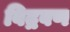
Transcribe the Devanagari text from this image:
विद्रवण